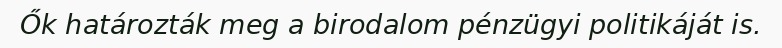
Ők határozták meg a birodalom pénzügyi politikáját is.